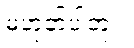
မဟုတ်ပါဘူး။